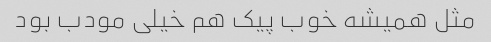
مثل همیشه خوب پیک هم خیلی مودب بود